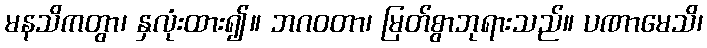
မနသိကတွာ၊ နှလုံးထား၍။ ဘဂဝတာ၊ မြတ်စွာဘုရားသည်။ ပဏာမေသိ၊